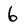
Character: 6